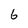
Character: 6